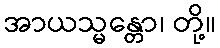
အာယသ္မန္တော၊ တို့။